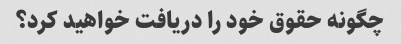
چگونه حقوق خود را دریافت خواهید کرد؟